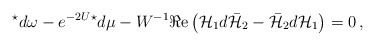
\begin{align*}{}^{\star}d\omega -e^{-2U} {}^{\star} d\mu -W^{-1} \Re{\rm e}\left( {\cal H}_{1}d\bar{\cal H}_{2} -\bar{\cal H}_{2}d{\cal H}_{1}\right) = 0\, ,\end{align*}